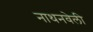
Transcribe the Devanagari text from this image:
नाथनवेली